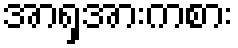
အာရှအားကစား